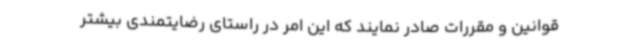
قوانین و مقررات صادر نمایند که این امر در راستای رضایتمندی بیشتر